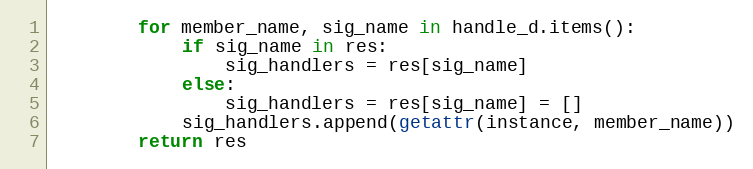
Language: Python
        for member_name, sig_name in handle_d.items():
            if sig_name in res:
                sig_handlers = res[sig_name]
            else:
                sig_handlers = res[sig_name] = []
            sig_handlers.append(getattr(instance, member_name))
        return res